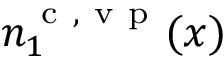
n _ { 1 } ^ { \ensuremath { \mathrm { ~ c ~ } } , \ensuremath { \mathrm { ~ v ~ p ~ } } } ( x )